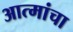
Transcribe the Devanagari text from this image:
आत्मांचा